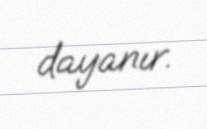
dayanır.